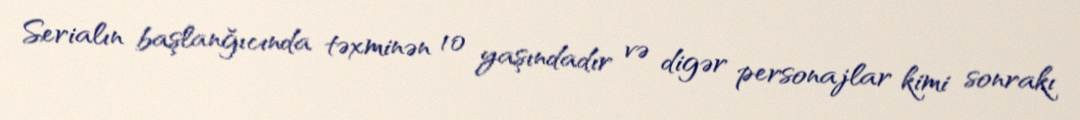
Serialın başlanğıcında təxminən 10 yaşındadır və digər personajlar kimi sonrakı